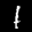
Label: 1